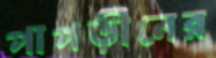
পাপড়ীনের